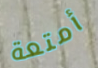
أمتعة